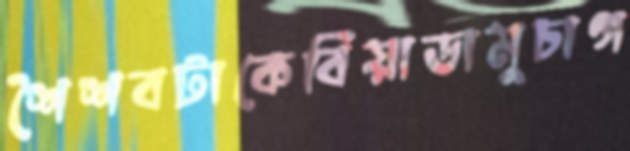
শৈশবটাকেবিয়াডামুচাগ